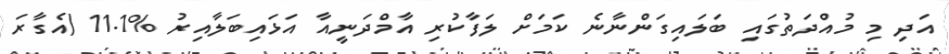
އަދި މި މުއްދަތުގައި ބަލައިގަންނާނެ ކަމަށް ލަފާކުރި އާމްދަނީއާ އަޅައިބަލާއިރު %11.1 (އެގާރަ